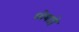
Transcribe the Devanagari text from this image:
ध्येयान्चे